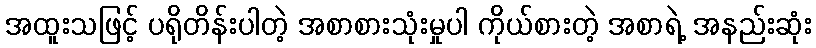
အထူးသဖြင့် ပရိုတိန်းပါတဲ့ အစာစားသုံးမှုပါ ကိုယ်စားတဲ့ အစာရဲ့ အနည်းဆုံး